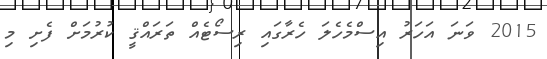
2015 ވަނަ އަހަރު އިސްމެހެލަ ހެރާގައި ރިސޯޓެއް ތަރައްޤީ ކުރުމަށް ފެށި މި